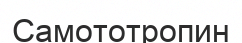
Самототропин